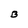
Character: B